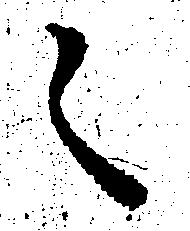
之